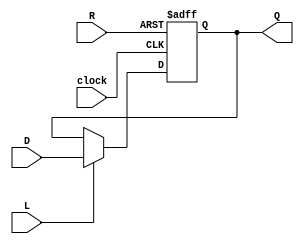
`timescale 1ns / 1ps
//////////////////////////////////////////////////////////////////////////////////
// Company: 
// Engineer: 
// 
// Design Name: 
// Module Name: RegisterNbit
// Project Name: 
// Target Devices: 
// Tool Versions: 
// Description: 
// 
// Dependencies: 
// 
// Revision:
// Revision 0.01 - File Created
// Additional Comments:
// 
//////////////////////////////////////////////////////////////////////////////////


module RegisterNbit(D, Q,  L, R, clock);
	parameter N = 4; // number of bits
	output reg [N-1:0]Q; // registered output
	input [N-1:0]D; // data input
	input L; // load enable
	input R; // positive logic asynchronous reset
	input clock; // positive edge clock
	
	always @(posedge clock or posedge R) begin
		if(R)
			Q <= 0;
		else if(L)
			Q <= D;
		else
			Q <= Q;
	end
endmodule